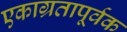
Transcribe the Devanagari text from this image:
एकाग्रतापूर्वक